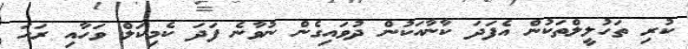
ކުރި ތަހުލީލްތަކުން އެފަދަ ކާނާއަކުން ދުވައިގެން ނުވާނެ ފަދަ ކެމިކަލް ވަހާއި ރަހަ